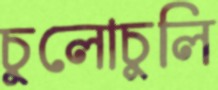
চুলোচুলি